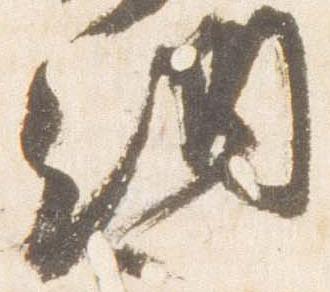
納